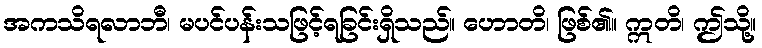
အကသိရလာဘီ၊ မပင်ပန်းသဖြင့်ရခြင်းရှိသည်။ ဟောတိ၊ ဖြစ်၏။ ဣတိ၊ ဤသို့။